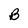
Character: B